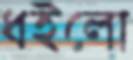
ধইলো